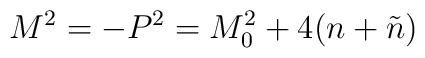
M^{2}=-P^{2}=M_{0}^{2} + 4(n+\tilde{n})